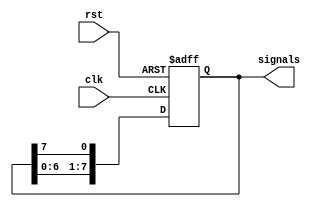
`timescale 1ns / 1ps

// clk rst0 
module SG(
    input wire clk,
    input wire  rst,
    output  wire [7:0] signals
    );
reg [7:0] state = 8'b10000000;

    
    assign signals = state;
    always @(posedge clk or negedge rst) begin
    if(rst == 0) 
        state = 8'b10000000;
    else if(clk==1) begin
        state[7:1] <= state[6:0];
        state[0] <= state[7];
    end
end
//wire [7:0] original;
//assign original = {~rst,rst,rst,rst,rst,rst,rst,rst};    
//assign signals[7:0] = (rst&{signals[6:0],signals[7]})|(~rst&original[7:0]) ;

endmodule